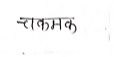
मजकूर: चकमक